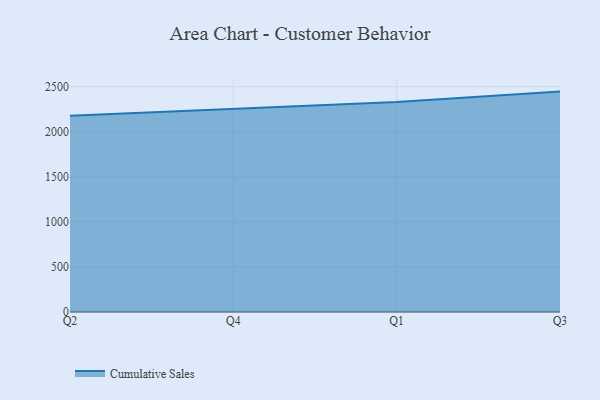
{"axis": {"x": "Quarter", "y": "Churn Rate (%)"}, "legend": ["Cumulative Sales"], "data": [{"x": "Q2", "y": 2178.1, "type": "Cumulative Sales"}, {"x": "Q4", "y": 2250.8, "type": "Cumulative Sales"}, {"x": "Q1", "y": 2329.4, "type": "Cumulative Sales"}, {"x": "Q3", "y": 2446.1, "type": "Cumulative Sales"}]}